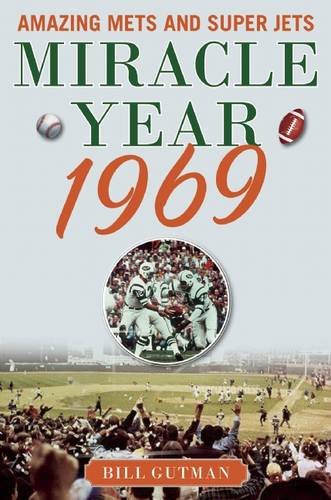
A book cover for Miracle Year 1969: Amazing Mets and Super Jets; Bill Gutman; Sports & Outdoors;